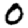
Digit: 0